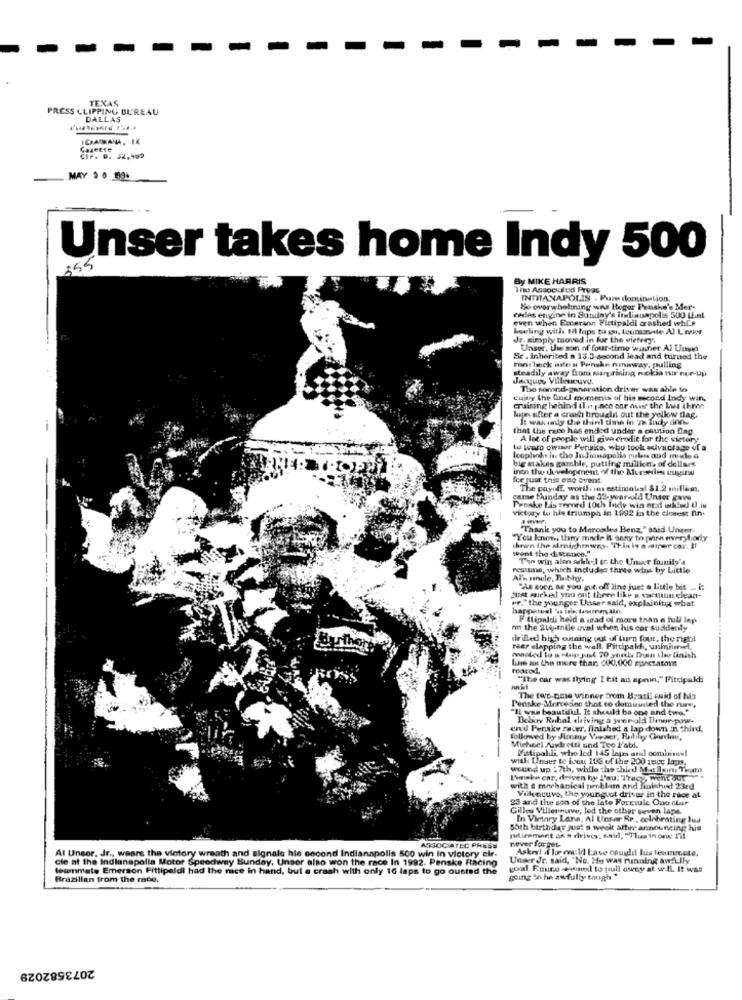
TEXAS
PRESS CLIPPING BUREAU
DALLAS
ICHADAMA, TX
Gazette
Cir. D. 52.499
.. MAY . 0 199.
Unser takes home Indy 500
255
By MIKE HARRIS
The Associfod Prvas
INDIANAPOLIS . Pure domination.
Bo overwhelming wns Hogar Peushe's Mer-
even when Emerson Fittipaldi crashed whi.e
cwles etigine in Sunday's indianapolis 500 Lal
howling with 1 taps to ist, toumanite Al L'ET
Jr. simply moved in fur the vietery".
Unser. the son of four-time winter Al Une
"e . inherited a 13.3-second lead and turned the
steadily away from marprising nokia nir nor-up
rans back inte a Penshe nowway, pulling
The somnd-generation driver was able to
eniny the Onel muments of his second Indy win,
cruising behind il-n pace car over the Laws ihren
lupe after a crush broughil out the yellow tlag.
It was nily the thin dime in 78 Indy anne
that the race has ended under a chution flag.
A lot of people will give credit for the victory
Le wer owuur Peruke, who took suivantage of a
big stakes gamble, putting millkes of dollars
looplendo in the Indianapolis rubens and mise à
ER TROPHY
inon the development of the Mersedes euginy
for just this eno event
The payoff, worll, un estimobsl $1.2 millaan,
come tunday as the 32-year-old Unser gave
victory to his triumph in 1992 in the closest fin.
Penske Lis remord 1Och Indy win and ulted U.is
"Thank you to Mercedes Benz," said Unaer.
"You know, they made it sany to phm nvery badly
hren the slrnipchewas. "This is a camper car. Il
went the distance."
The win alon adkledd tr the Uiner founily's
resune, which includes three wins by Little
Al'h unele, Babhy,
"As socr. as you gut off line just a little bit ... i:
we,"the younger Unser said, explaining what
just surked yo out there like a ventun clean-
Fittipaldi haid a saad of more than a full lep
nn the 244-mile oval when his cor suddenly
drilled high oming out of turn four, the right
rear slapping the wall. Fittipaldi, uninjured,
Line sot the more thar. 600,000 spectators
posted to a Map juul 70 yordu Than the finish
"The car was fiying I tit an apnon," Fittipaldi
The two-cme winner from Brazil cuid of his
Penske Mervedec that to dominated the names
"Il was beautiful. It should be one and two."
Dobry Rahal, driving a year-old Town pow.
ered Penske racer, finished a lap down in third,
followed by Jimmy Viewer, Rublo Gonten,
Micheel Andretti und Teo F'abi.
Valipalli, who led 145 laps arl combimel
with Unser to icou 100 of the 200 zucc lags.
wound up :7th, while -las thin! MEleirus Ticen
LAmake car, driven by L'au. Tracy, went out
with a mechanical problam and finished 23rd
Villeneuve, the youngvet driver in the race at
23 and the son of the late Formule One nur
Gilles Villeneuve, led the other seven lape.
In Vintery Lane, Al Unser Sr ., celebrating Pud
55th birthday just e week after announcing his
retirement an a driver, said, "This in ony I'll
Al Unser, Jr ., weare the victory wreath and signals his second Indianapolis 500 win in victory cir-
ASSOCIATEC PRESS
never forget.
Askerl if Jue could Lave coughil his tesmente.
cie at the Indianapolis Motor Speedway Sunday. Unser also won the race In 1992. Penske Racing
Unser Jr. said, "No. He was running &w.Lily
teammate Emerson Fittipaldi had the mee in hand, but e crash with only 16 laps to go ousted the
good. Enuno -e-wined to pull owny at. w.IL. It was
Brazilian from the moe.
going % he awfully tough "
2073582029